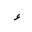
Letter: _hamza